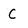
Character: C